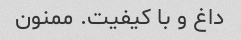
داغ و با کیفیت. ممنون